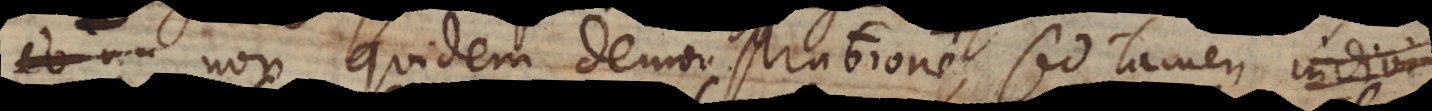
non quidem demonstratione, sed tamen indivi